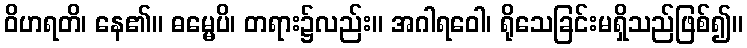
ဝိဟရတိ၊ နေ၏။ ဓမ္မေပိ၊ တရား၌လည်း။ အဂါရဝေါ၊ ရိုသေခြင်းမရှိသည်ဖြစ်၍။